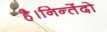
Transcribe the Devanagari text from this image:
है।निन्तेंदो